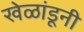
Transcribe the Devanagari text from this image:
खेळांडूनी